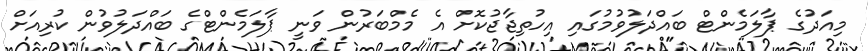
މިއަދުގެ ޕާލަމެންޓް ބައްދަލުވުމުގައި އިހުތިޖާޖުކޮށް އެ މެމްބަރުން ވަނީ ޕާލަމެންޓްގެ ބައްދަލުވުން ކުރިއަށް